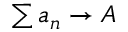
\textstyle \sum a _ { n } \to A